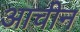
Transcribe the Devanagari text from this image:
आचीन